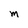
Character: M